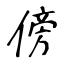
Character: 傍